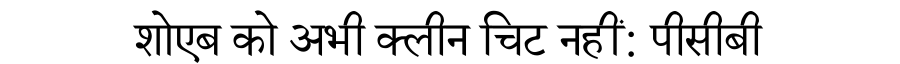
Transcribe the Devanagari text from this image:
शोएब को अभी क्लीन चिट नहीं: पीसीबी